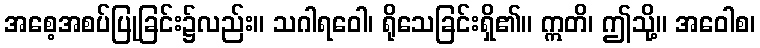
အစေ့အစပ်ပြုခြင်း၌လည်း။ သဂါရဝေါ၊ ရိုသေခြင်းရှိ၏။ ဣတိ၊ ဤသို့။ အဝေါစ၊